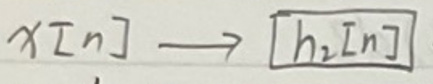
$x[n] \longrightarrow \boxed{h_2[n]}$